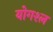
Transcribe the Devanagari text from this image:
योगश्ल